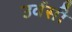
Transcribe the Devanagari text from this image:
उर्वसी